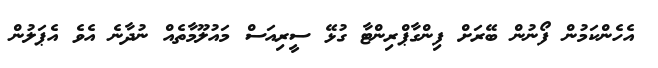
އެހެންކަމުން ފޯނުން ބޭރަށް ފިންގާޕްރިންޓާ ގުޅޭ ސީރިއަސް މައުލޫމާތެއް ނުދާނެ އެވެ އެޕަލުން